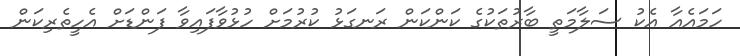
ހަމައެއާ އެކު ސަލާމަތީ ބާރުތަކުގެ ކަންކަން ރަނގަޅު ކުރުމަށް ހުޅުވާފައިވާ ފަންޑަށް އެހީތެރިކަން